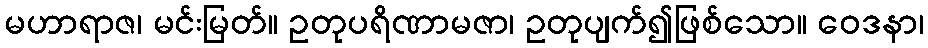
မဟာရာဇ၊ မင်းမြတ်။ ဥတုပရိဏာမဇာ၊ ဥတုပျက်၍ဖြစ်သော။ ဝေဒနာ၊